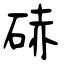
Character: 硳